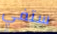
ستفي